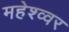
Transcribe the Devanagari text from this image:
महेश्व्वर